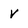
Character: V